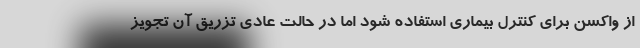
از واکسن برای کنترل بیماری استفاده شود اما در حالت عادی تزریق آن تجویز